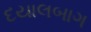
દયાલબાગ